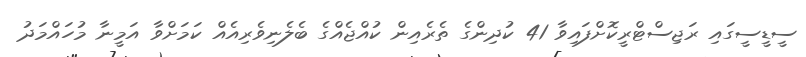
ސީޑީސީގައި ރަޖިސްޓްރީކޮށްފައިވާ 41 ކުދިންގެ ތެރެއިން ކުއްޖެއްގެ ބެލެނިވެރިއެއް ކަމަށްވާ އަމީނާ މުހައްމަދު